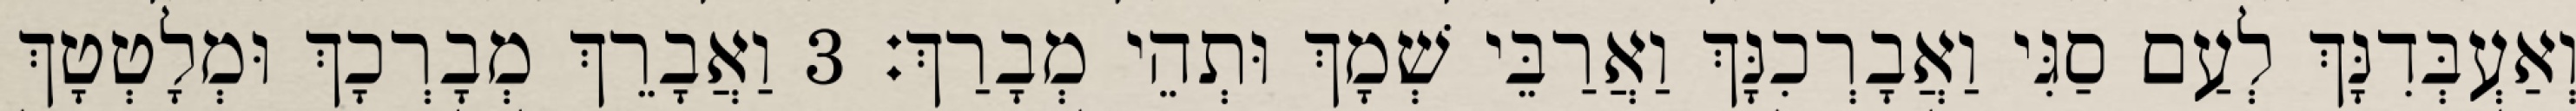
וְאַעְבְּדִנָּךְ לְעַם סַגִּי וַאֲבָרְכִנָּךְ וַאֲרַבֵּי שְׁמָךְ וּתְהֵי מְבָרַךְ׃ 3 וַאֲבָרֵךְ מְבָרְכָךְ וּמְלָטְטָךְ